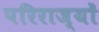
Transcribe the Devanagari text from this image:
परिराज्यों